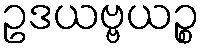
ဥဒယဗ္ဗယဉ္စ